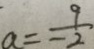
a = \frac { 9 } { - 2 }